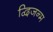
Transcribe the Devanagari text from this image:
द्विजन्‍म